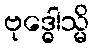
ဗုဒ္ဓေါသ္မိ